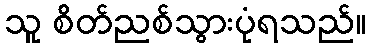
သူ စိတ်ညစ်သွားပုံရသည်။